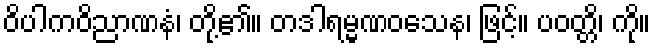
ဝိပါကဝိညာဏနံ၊ တို့၏။ တဒါရမ္မဏဝသေန၊ ဖြင့်။ ပဝတ္တိ၊ ကို။